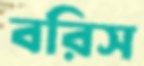
বরিস